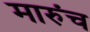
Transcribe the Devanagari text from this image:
मारुंच